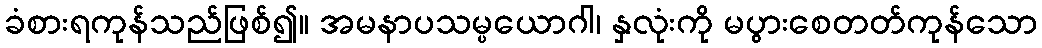
ခံစားရကုန်သည်ဖြစ်၍။ အမနာပသမ္ပယောဂါ၊ နှလုံးကို မပွားစေတတ်ကုန်သော